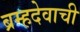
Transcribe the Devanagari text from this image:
ब्रम्हदेवाची